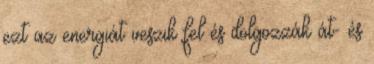
ezt az energiát veszik fel és dolgozzák át- és